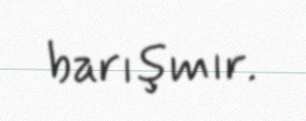
barışmır.